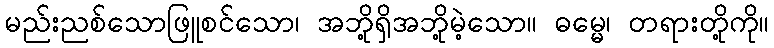
မည်းညစ်သောဖြူစင်သော၊ အဘို့ရှိအဘို့မဲ့သော။ ဓမ္မေ၊ တရားတို့ကို။